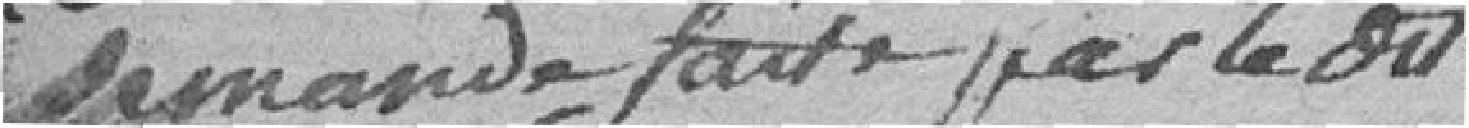
demande faite par le dit